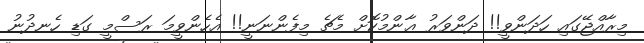
މިރާއްޖޭގައި ހަދަންވީ!! ދަންވަރު ޢާންމުކޮށް މެޗެ މިފެންނަނީ!! އެހެންވީމަ ރަސްމީ ގަޑި ހެނދުނު